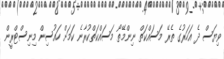
ވިޔަސް ދެ އަހަރުގެ ތެރޭ މަސައްކަތް ނިންމޭތޯ މަސައްކަތްކުރާނެ ކަމަށް ހައުސިން މިނިސްޓްރީން